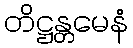
တိဋ္ဌန္တမေနံ